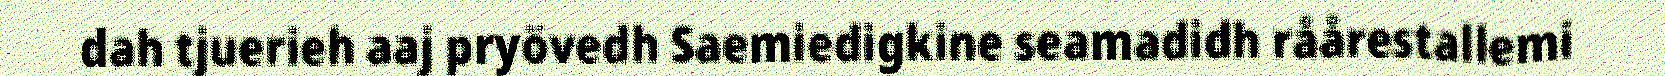
dah tjuerieh aaj pryövedh Saemiedigkine seamadidh råårestallemi